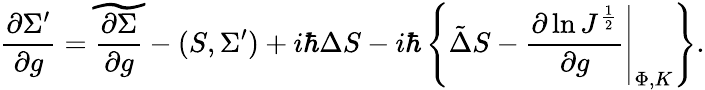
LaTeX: {\frac{\partial\Sigma^{\prime}}{\partial g}}=\widetilde{\frac{\partial\Sigma}{\partial g}}-(S,\Sigma^{\prime})+i\hbar\Delta S-i\hbar\left\{ \tilde{\Delta}S-\left.{\frac{\partial\ln J^{\frac{1}{2}}}{\partial g}}\right|_{\Phi,K}\right\} .